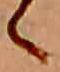
ゝ